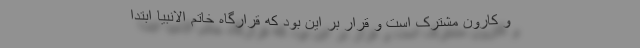
و کارون مشترک است و قرار بر این بود که قرارگاه خاتم الانبیا ابتدا